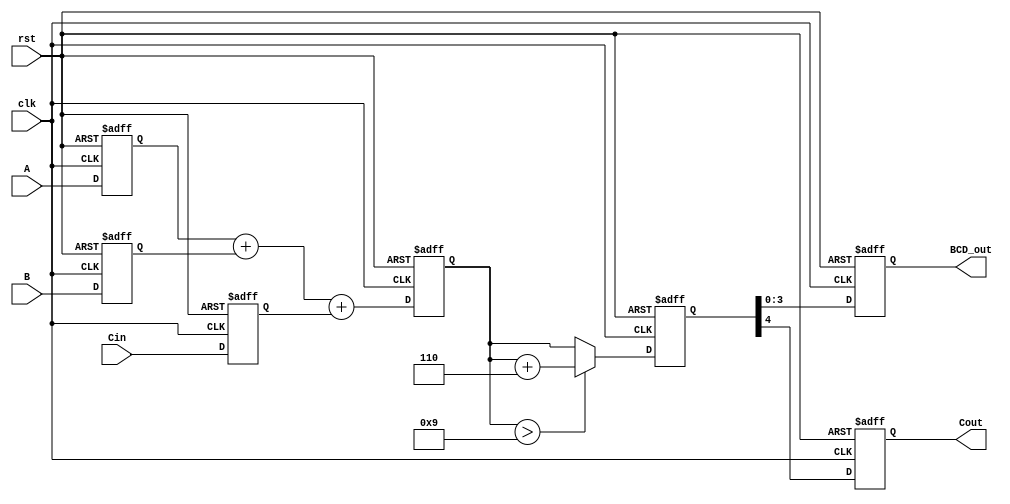
module bcd_pipelined_adder (
    input clk,
    input rst,
    input [3:0] A,      // BCD digit A
    input [3:0] B,      // BCD digit B
    input Cin,          // Carry-in from previous stage
    output reg [3:0] BCD_out, // BCD result output
    output reg Cout     // Carry-out for next stage
);

    // Intermediate signals
    reg [4:0] sum;      // 5-bit sum to accommodate overflow
    reg [4:0] corrected_sum; // Corrected sum after BCD adjustment
    reg correction_needed; // Flag to indicate if correction is needed

    // Pipeline stages
    // Stage 1: Input Stage (Register inputs)
    reg [3:0] A_reg, B_reg;
    reg Cin_reg;

    always @(posedge clk or posedge rst) begin
        if (rst) begin
            A_reg <= 4'b0000;
            B_reg <= 4'b0000;
            Cin_reg <= 1'b0;
        end else begin
            A_reg <= A;
            B_reg <= B;
            Cin_reg <= Cin;
        end
    end

    // Stage 2: Adder Stage
    always @(posedge clk or posedge rst) begin
        if (rst) begin
            sum <= 5'b00000;
        end else begin
            sum <= A_reg + B_reg + Cin_reg;
        end
    end

    // Stage 3: Correction Logic Stage
    always @(posedge clk or posedge rst) begin
        if (rst) begin
            corrected_sum <= 5'b00000;
            correction_needed <= 1'b0;
        end else begin
            if (sum > 5'b01001) begin // Check if sum exceeds 9
                corrected_sum <= sum + 5'b00110; // Add 6 to correct
                correction_needed <= 1'b1;
            end else begin
                corrected_sum <= sum;
                correction_needed <= 1'b0;
            end
        end
    end

    // Stage 4: Output Stage
    always @(posedge clk or posedge rst) begin
        if (rst) begin
            BCD_out <= 4'b0000;
            Cout <= 1'b0;
        end else begin
            BCD_out <= corrected_sum[3:0]; // Take the lower 4 bits
            Cout <= corrected_sum[4]; // Carry-out is the 5th bit
        end
    end

endmodule